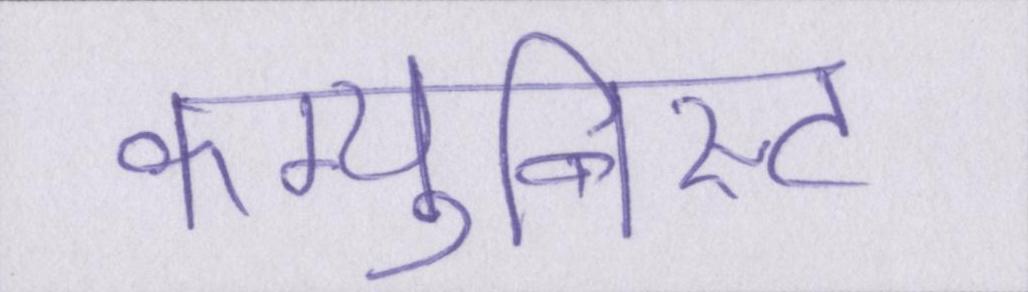
कम्युनिस्ट